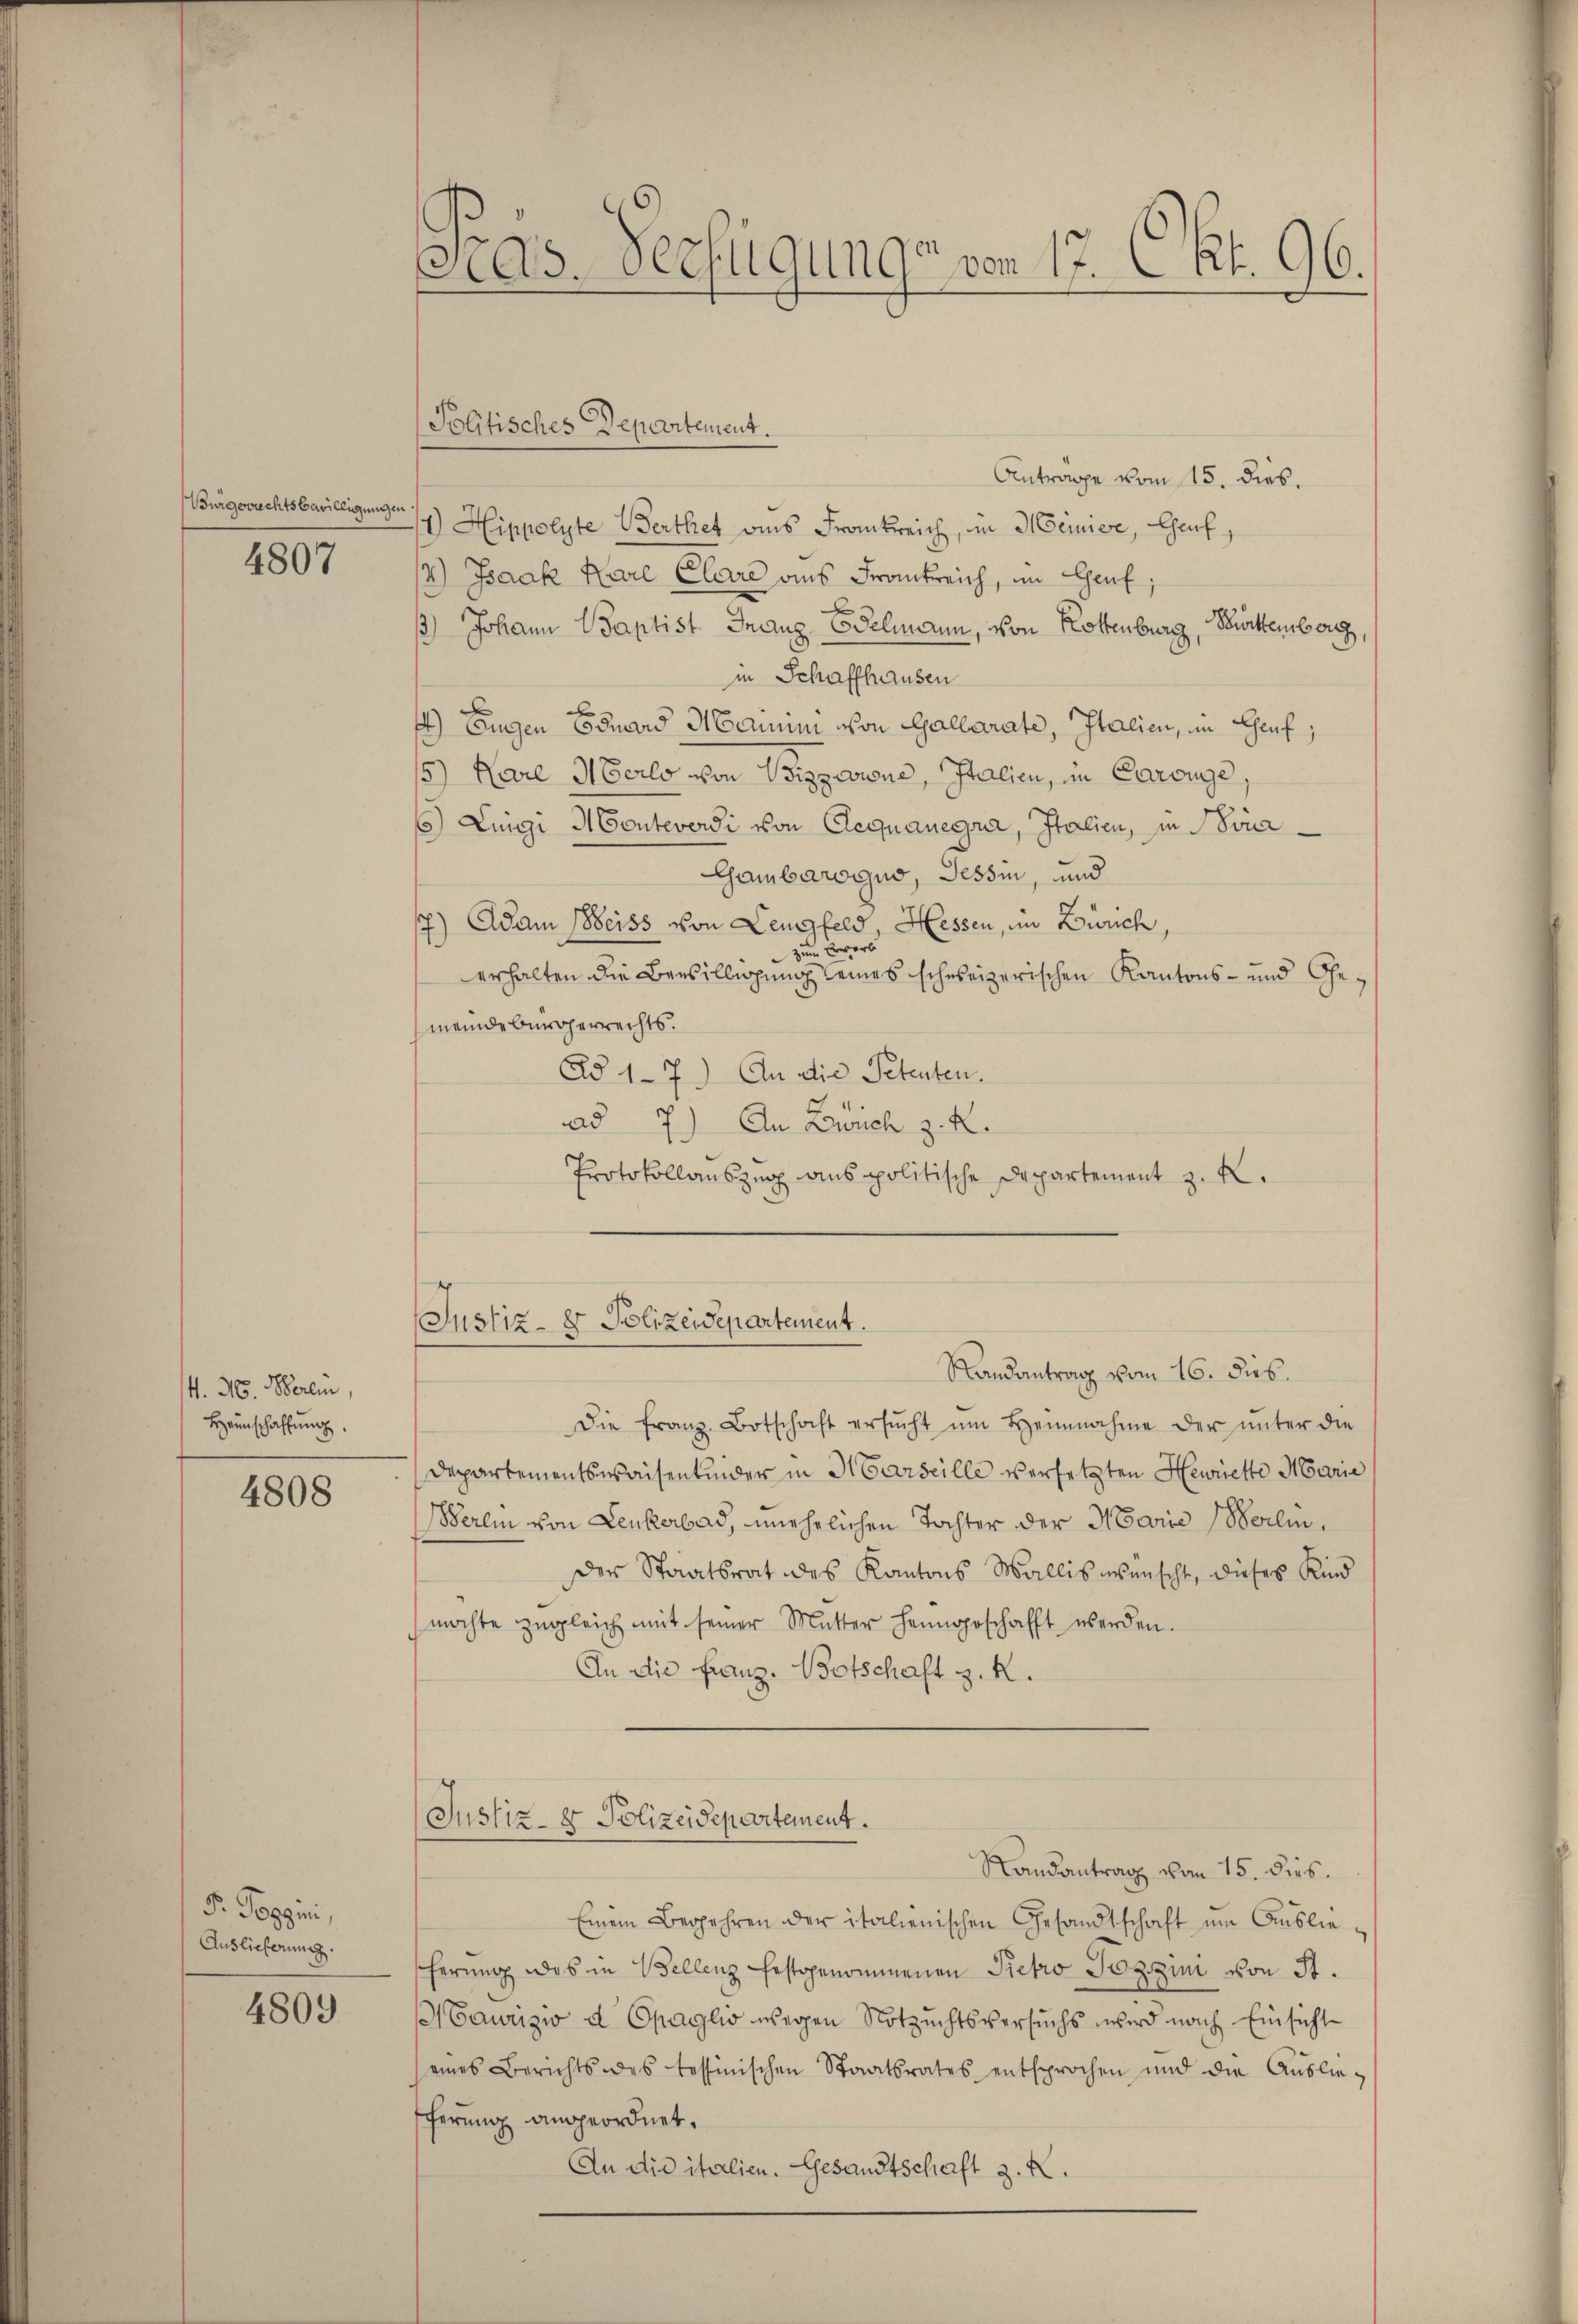
Bürgerrechtsbewilligungen

4807

4. H. Verein,
Haunschaffŭng.

4808

F. Poppini,
Auslieferung.

4809

Anträge vom 15. dies.
4) Hippolyte Berthet ains Frankreich, in Meinige, Genf,
14.) Isaak Karl Clare aus Frankreich, im Genf;
x
) Johann Baptist Franz, Edelmann, von Rottenburg, Württemberg,
in Schaffhausen
44) Eugen Eduard Manum von Gallarate, Italien, im Genf;
15) Kare Herlo von Wizzwione, Italien, in Carouge,
6) Luigi Monteverdi von Aequanegra, Italien, in Sona
Gambarogno, Tessin, und
7) Adam Weiss von Leugfeld Hessen, in Zürich,
zum Erwart
erhalten die Bewilligung seines schweizerischen Kantons- und Gemeindebürgerrechts.
Ad 17.) An die Petenten.
ad 7.) An Zeich z. R.
Protokollauszug aus politische Departement z. K.

Pras-Verfügungs von 17. Okt. 96.

Politisches Departement.

Justiz- & Polizeidepartement.

Randantrag vom 16. Jus
Die Franz Botschaft ersŭcht ŭm Heimnahme der ŭnter die
Departementswaisenkinder in Marseille versetzten Henriette Marie
erlin von Leukerbad, unehrlichen Tochter der Marie Berlin.
Der Staatsrat des Kantons Wallis wünscht, dieses Kind
möchte zŭgleich mit seiner Mŭtter heimgeschafft werden.
An die Franz. Botschaft z. R.
(Justiz- & Polizeidepartement.
Randantrag von 15. dies
Einem Begehren der italienischen Gesandtschaft um Auslieherung des in Bellenz festgenommenen Pietro Pozzini von St.
Saurizio a Opaglio wegen Notzuchtsversuchs wird nach Einsicht
eines Berichts des tessinischen Staatsrates entsprochen und die Auslie-
ferung angeordnet.
An die italien. Gesandtschaft z. K.